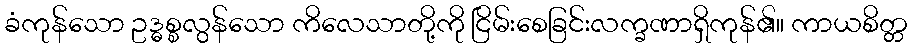
ခံကုန်သော ဥဒ္ဓစ္စလွန်သော ကိလေသာတို့ကို ငြိမ်းစေခြင်းလက္ခဏာရှိကုန်၏။ ကာယစိတ္တ